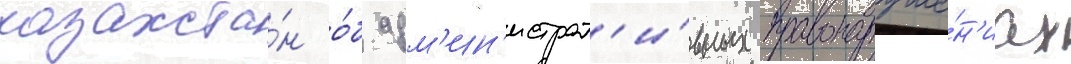
казахста́н о́б адм'ин'истрат'и́вных правонаруше́н'иах